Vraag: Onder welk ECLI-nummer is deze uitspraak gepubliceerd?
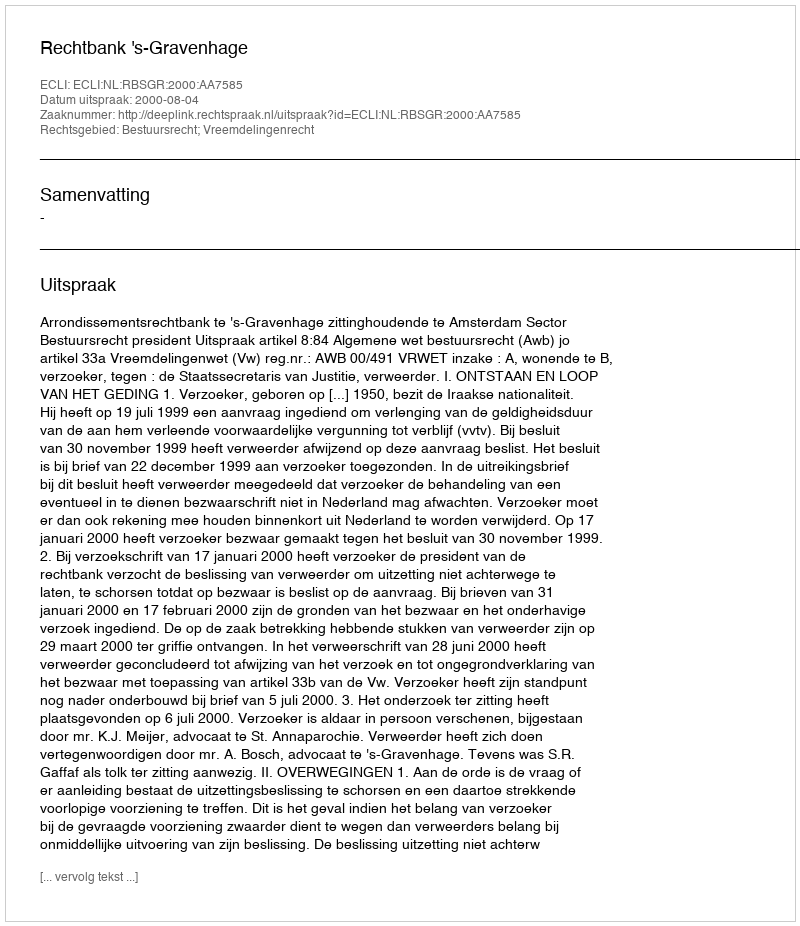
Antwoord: ECLI:NL:RBSGR:2000:AA7585